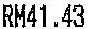
RM41.43